Vaccine operations Central Provinces & Berar 1912-1920 - 1912-1920
Year: 1912
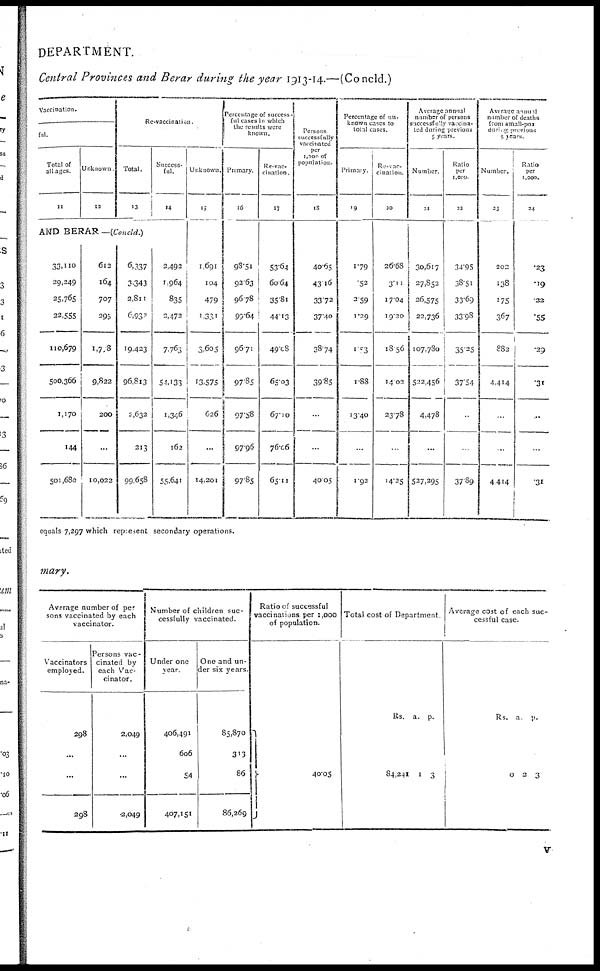
DEPARTMENT.
Central Provinces and Berar during the year 1913-14.—(Concld.)
Vaccination.
ful.
Total of
all ages.
11
Unknown.
12
Re-vaccination.
Total.
13
AND BERAR —(Concld.)
33,110
29,249
25,765
32,555
110,679
500,366
1,170
144
501,680
612
164
707
295
1,728
9,822
200
...
10,022
6,337
3,343
2,811
6,932
19,423
96,813
2,632
213
99,658
Success-
ful.
14
2,492
1,964
835
2,472
7,763
54,133
1,346
162
55,641
Unknown.
15
1,691
104
479
1,331
3,605
13,575
626
...
14,201
Percentage of success-
ful cases in which
the results were
known.
Primary.
16
98.51
92.63
96.78
99.64
96.71
97.85
97.58
97.96
97.85
Re-vac-
cination.
17
53.64
60.64
35.81
44.13
49.08
65.03
67.10
76.06
65.11
Persons
successfully
vaccinated
per
1,000 of
population.
18
40.65
43.l6
33.72
37.40
38.74
39.85
...
...
40.05
Percentage of un¬
known cases to
total cases.
Primary.
19
1.79
.52
2.59
1.29
1.53
1.88
13.40
...
1.92
Re-vac¬
cination.
20
26.68
3.11
17.04
19.20
18.56
14.02
23.78
...
14.25
Average annual
number of persons
successfully vaccina-
ted during previous
5 years.
Number.
21
30,617
27,852
26,575
22,736
107,780
522,456
4,478
...
527,295
Ratio
per
1,000.
22
34.95
38.51
33.69
33.98
35.25
37.54
...
...
37.89
Average annual
number of deaths
from small-pox
during previous
5 years.
Number.
23
202
138
175
367
882
4,414
...
...
4,414
Ratio
per
1,000.
24
.23
.19
.22
.55
.29
.31
...
...
.31
equals 7,297 which represent secondary operations.
mary.
Average number of per
sons vaccinated by each
vaccinator.
Vaccinators
employed.
298
...
...
298
Persons vac-
cinated by
each Vac-
cinator.
2,049
...
...
2,049
Number of children suc-
cessfully vaccinated.
Under one
year.
406,491
606
54
407,151
One and un-
der six years.
85,870
313
86
86,269
Ratio of successful
vaccinations per 1,000
of population.
40.05
Total cost of Department.
Rs.
84,241
a.
1
p.
3
Average cost of each suc-
cessful case.
Rs.
0
a.
2
p.
3
v